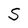
Character: S